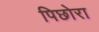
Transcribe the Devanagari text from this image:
पिछोरा